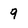
Character: 9